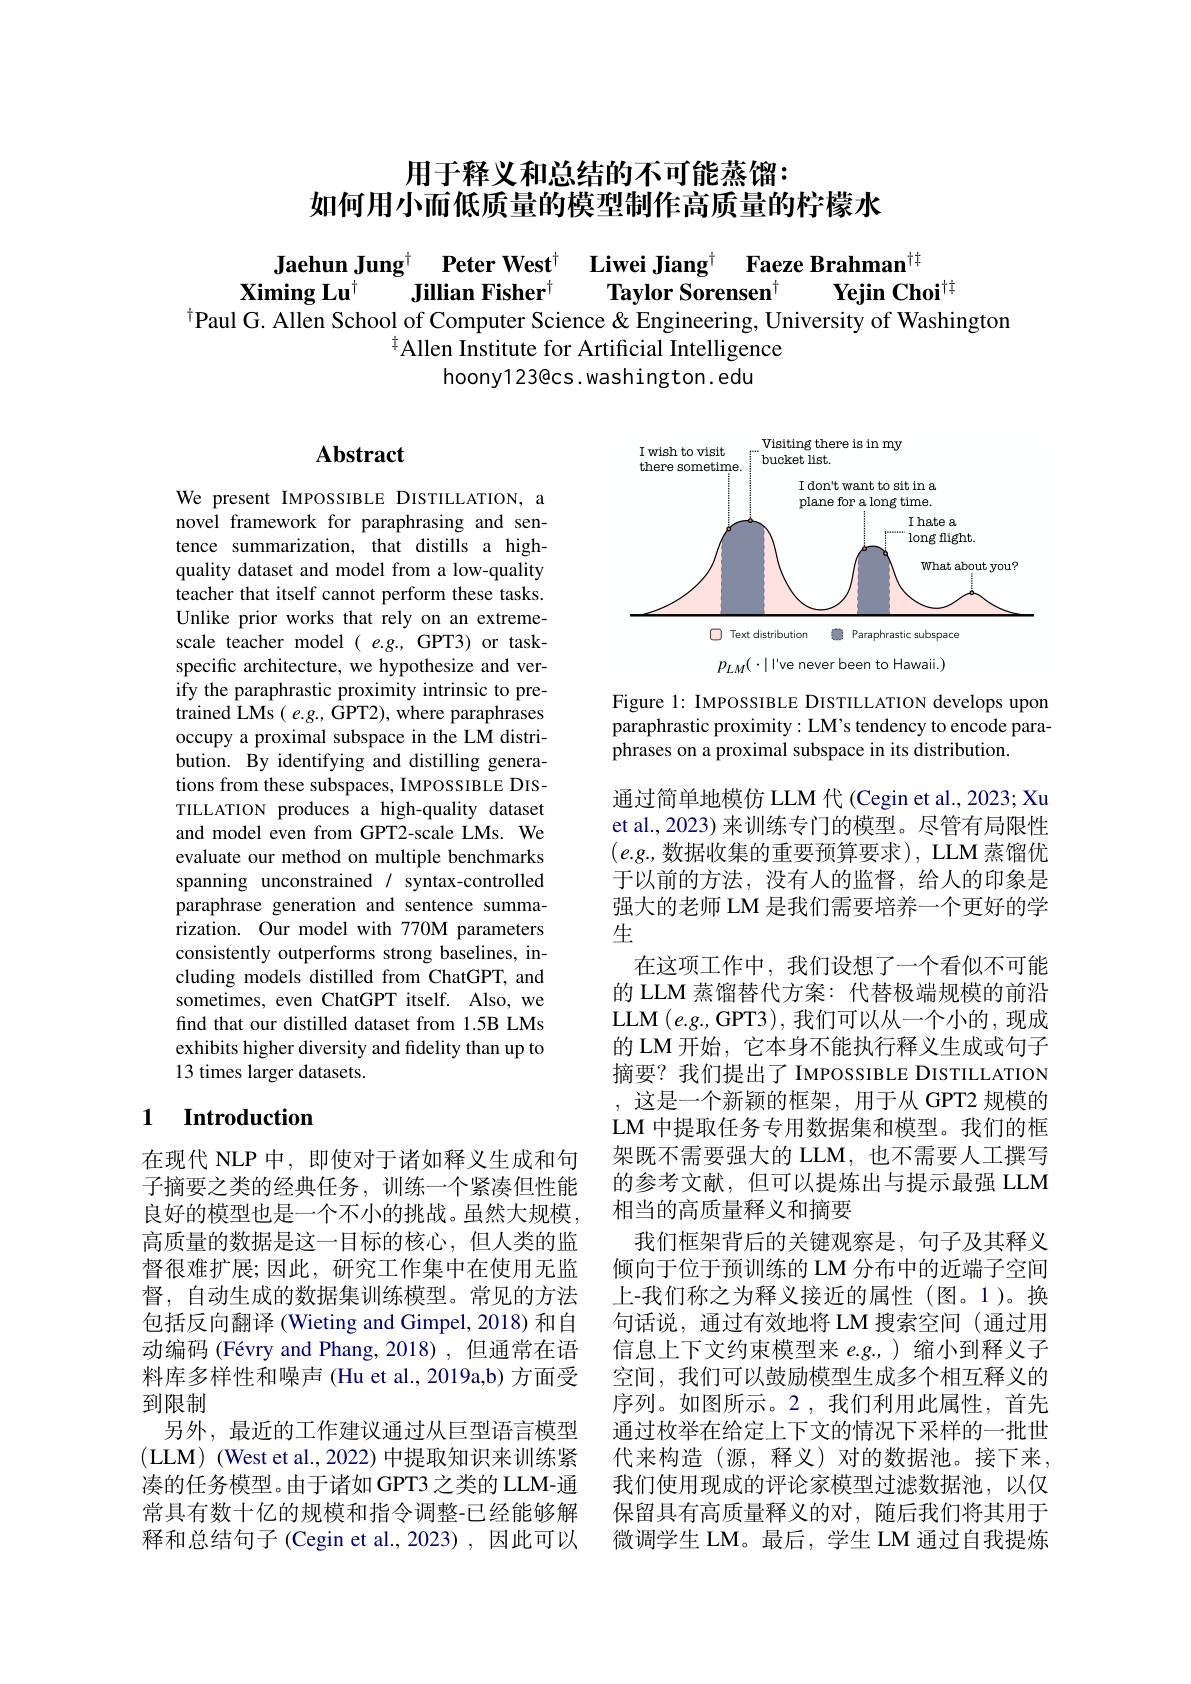
# 用于释义和总结的不可能蒸馏： 如何用小而低质量的模型制作高质量的柠檬水

$\begin{array}{cc}\text{Jaehun Jung}^{\dagger}&\textbf{Peter West}^{\dagger}&\textbf{Liwei Jiang}^{\dagger}&\text{Faeze Brahman}^{\dagger\dagger}\\\textbf{Ximing Lu}^{\dagger}&\textbf{Jillian Fisher}^{\dagger}&\textbf{Taylor Sorensen}^{\dagger}&\textbf{Yejin Choi}^{\dagger\dagger}\end{array}$
$^{\dagger}\bar{\text{Paul G. Allen School of Computer Science }\&}$ Engineering, University of Washington
${}^{\dagger}$Allen Institute for Artificial Intelligence
hoony123@cs.washington.edu

# Abstract

<FigureHere>

Figure 1: IMPOSSIBLE DISTILLATION develops upon paraphrastic proximity: LM's tendency to encode paraphrases on a proximal subspace in its distribution.

We present IMPOSSIBLE DISTILLATION, a novel framework for paraphrasing and sentence summarization, that distills a highquality dataset and model from a low-quality teacher that itself cannot perform these tasks. Unlike prior works that rely on an extremescale teacher model( e.g., GPT3) or taskspecific architecture, we hypothesize and verify the paraphrastic proximity intrinsic to pretrained LMs ( e.g., GPT2), where paraphrases occupy a proximal subspace in the LM distribution. By identifying and distilling generations from these subspaces, IMPOSSIBLE DISTILLATION produces a high-quality dataset and model even from GPT2-scale LMs. We evaluate our method on multiple benchmarks spanning unconstrained / syntax-controlled paraphrase generation and sentence summarization. Our model with 770M parameters consistently outperforms strong baselines, including models distilled from ChatGPT, and sometimes, even ChatGPT itself. Also, we find that our distilled dataset from 1.5B LMs exhibits higher diversity and fidelity than up to 13 times larger datasets.

### 1 Introduction

通过简单地模仿 LLM 代 (Cegin et al., 2023; Xu et al., 2023) 来训练专门的模型。尽管有局限性$(e.g.$,数据收集的重要预算要求),LLM 蒸馏优于以前的方法，没有人的监督，给人的印象是强大的老师 LM 是我们需要培养一个更好的学生
在这项工作中，我们设想了一个看似不可能的 LLM 蒸馏替代方案：代替极端规模的前沿LLM $(e.g.$, GPT3),我们可以从一个小的，现成的 LM 开始，它本身不能执行释义生成或句子摘要？我们提出了 IMPOSSIBLE DISTILLATION ,这是一个新颖的框架，用于从 GPT2 规模的LM 中提取任务专用数据集和模型。我们的框架既不需要强大的 LLM,也不需要人工撰写的参考文献，但可以提炼出与提示最强 LLM 相当的高质量释义和摘要
我们框架背后的关键观察是，句子及其释义倾向于位于预训练的 LM 分布中的近端子空间上-我们称之为释义接近的属性(图。1)。换句话说，通过有效地将 LM 搜索空间 (通过用信息上下文约束模型来 e.g.,)缩小到释义子空间，我们可以鼓励模型生成多个相互释义的序列。如图所示。2,我们利用此属性，首先通过枚举在给定上下文的情况下采样的一批世代来构造(源，释义)对的数据池。接下来， 我们使用现成的评论家模型过滤数据池，以仅保留具有高质量释义的对，随后我们将其用于微调学生 LM。最后，学生 LM 通过自我提炼

在现代 NLP 中，即使对于诸如释义生成和句子摘要之类的经典任务，训练一个紧凑但性能良好的模型也是一个不小的挑战。虽然大规模， 高质量的数据是这一目标的核心，但人类的监督很难扩展；因此，研究工作集中在使用无监督，自动生成的数据集训练模型。常见的方法包括反向翻译 (Wieting and Gimpel, 2018) 和自动编码 (Févry and Phang, 2018) ,但通常在语料库多样性和噪声 (Hu et al., 2019a,b) 方面受到限制
另外，最近的工作建议通过从巨型语言模型(LLM) (West et al., 2022) 中提取知识来训练紧凑的任务模型。由于诸如 GPT3 之类的 LLM-通常具有数十亿的规模和指令调整-已经能够解释和总结句子(Cegin et al.,2023),因此可以